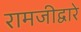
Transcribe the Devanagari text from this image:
रामजीद्वारे